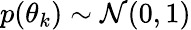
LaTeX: p(\theta_{k})\sim\mathcal{N}(0,1)